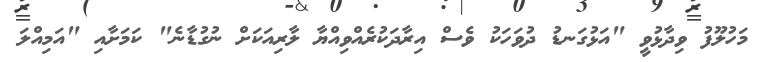
މަހުލޫފު ވިދާޅުވީ "އަޅުގަނޑު ދުވަހަކު ވެސް އިރާދަކުރެއްވިއްޔާ ލާރިއަކަށް ނުގުޑާނެ" ކަމަށާއި "އަމިއްލަ